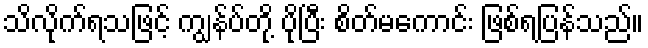
သိလိုက်ရသဖြင့် ကျွန်ပ်တို့ ပိုပြီး စိတ်မကောင်း ဖြစ်ရပြန်သည်။